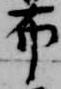
布